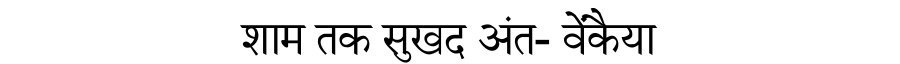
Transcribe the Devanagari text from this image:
शाम तक सुखद अंत- वेंकैया